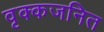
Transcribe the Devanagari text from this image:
वृक्कजनित